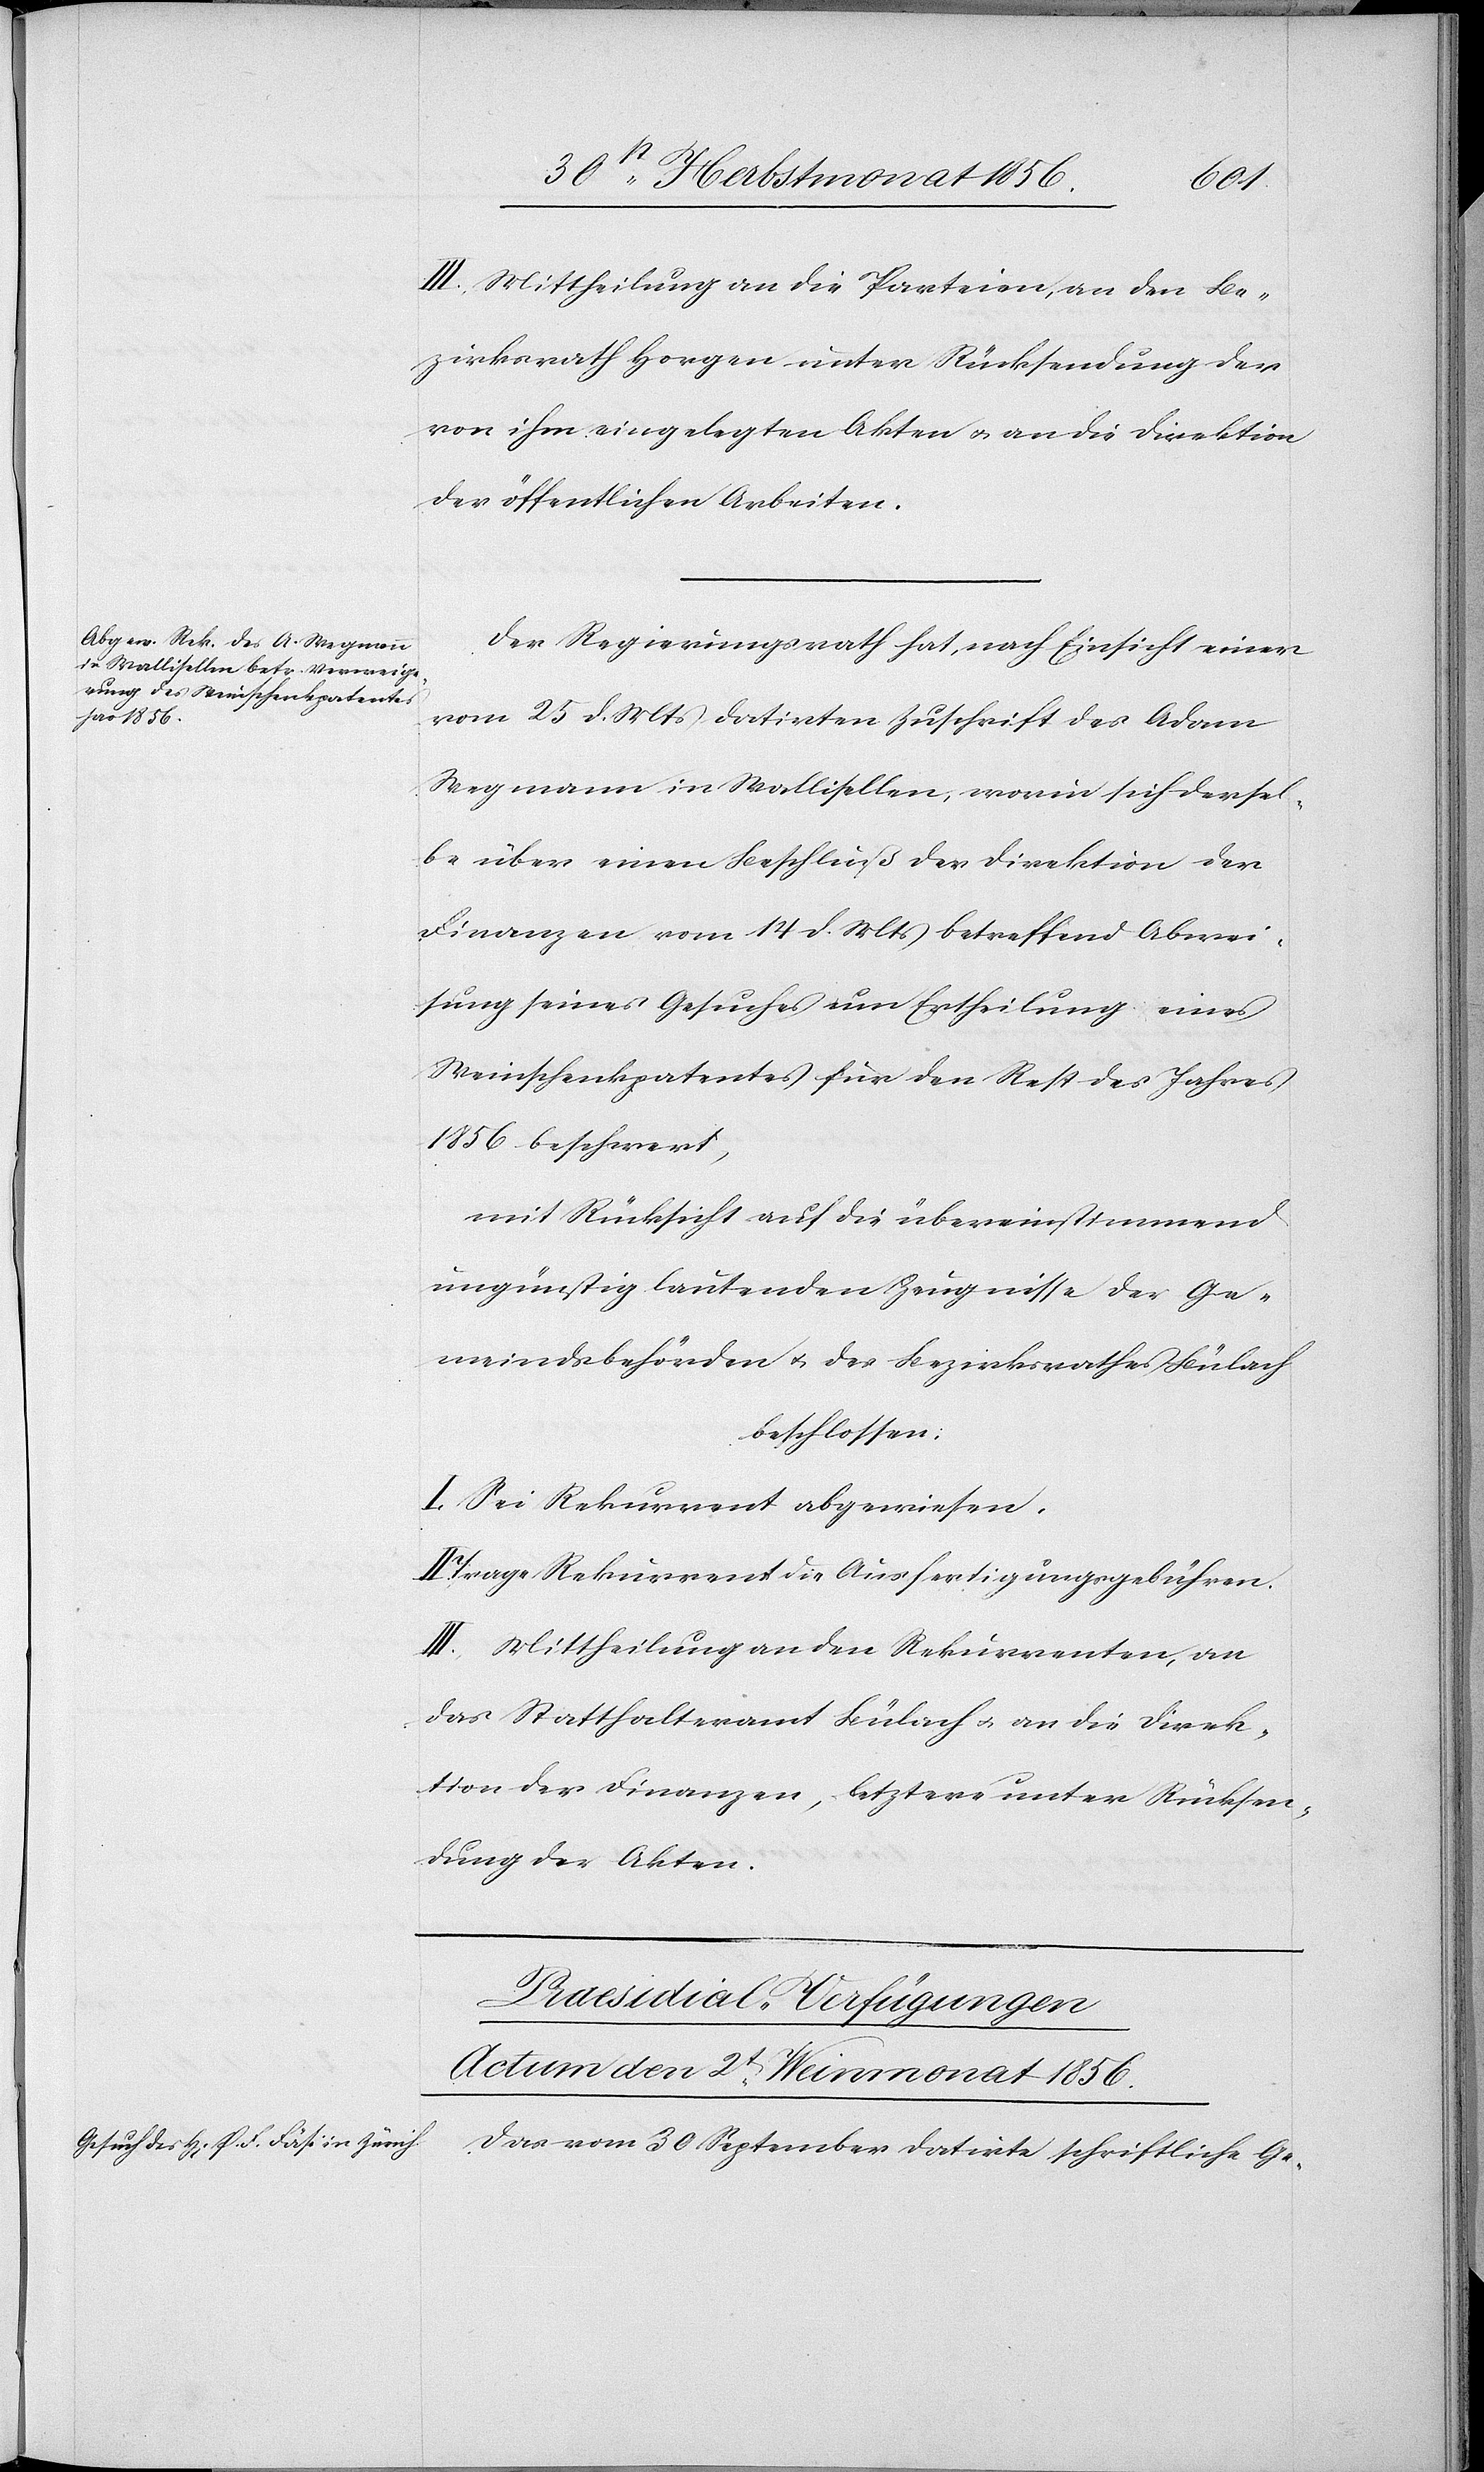
III.) Mittheilung an die Petenten, an den Be¬
zirksrath Horgen unter Rücksendung der
von ihm eingelegten Akten u. an die Direktion
der öffentlichen Arbeiten.
Der Regierungsrath hat, nach Einsicht einer
vom 25 d. Mts datirten Zuschrift des Adam
Wegmann in Wallisellen, worin sich dersel¬
be über einen Beschluß der Direktion der
Finanzen vom 14 d. Mts betreffend Abwei¬
sung seines Gesuches um Ertheilung eines
Weinschenkpatentes für den Rest des Jahres
1856 beschwert,
mit Rücksicht auf die übereinstimmend
ungünstig lautenden Zeugnisse der Ge¬
meindsbehörden u. des Bezirksrathes Bülach
beschlossen:
I. Sei Rekurrent abgewiesen.
Trage Rekurrent die Ausfertigungsgebühren.
III. Mittheilung an den Rekurrenten, an
das Statthalteramt Bülach u. an die Direk¬
tion der Finanzen, letztere unter Rücksen¬
dung der Akten.
Praesidial-Verfügungen
Actum den 2t Weinmonat 1856.
Das vom 30 September datirte schriftliche Ge-